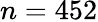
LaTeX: n=452